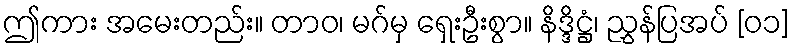
ဤကား အမေးတည်း။ တာဝ၊ မဂ်မှ ရှေးဦးစွာ။ နိဒ္ဒိဋ္ဌံ၊ ညွှန်ပြအပ် [၀၁]